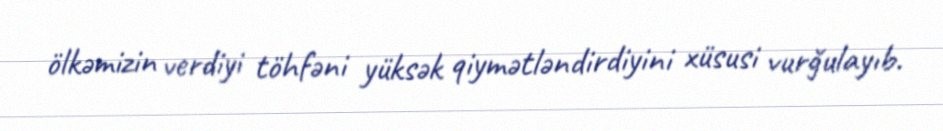
ölkəmizin verdiyi töhfəni yüksək qiymətləndirdiyini xüsusi vurğulayıb.